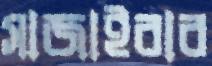
সাজাইবার